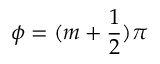
\phi = ( m + \frac { 1 } { 2 } ) \pi